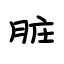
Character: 脏